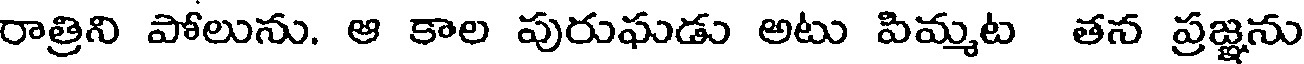
రాత్రిని పోలును. ఆ కాల పురుఘడు అటు పిమ్మట తన ప్రజ్ఞను